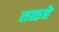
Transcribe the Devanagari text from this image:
तळहे